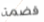
قضمة